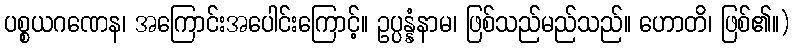
ပစ္စယဂဏေန၊ အကြောင်းအပေါင်းကြောင့်။ ဥပ္ပန္နံနာမ၊ ဖြစ်သည်မည်သည်။ ဟောတိ၊ ဖြစ်၏။)